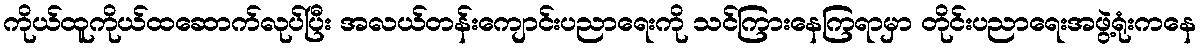
ကိုယ်ထူကိုယ်ထဆောက်လုပ်ပြီး အလယ်တန်းကျောင်းပညာရေးကို သင်ကြားနေကြရာမှာ တိုင်းပညာရေးအဖွဲ့ရုံးကနေ